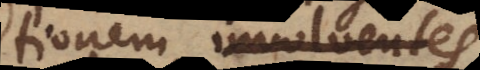
definitiones involventes